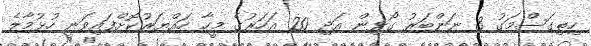
ހިތިގަސްމަގު 3 ނަންބަރު ގޯޅިން އަދި 20 އަހަރުގެ މީހާ ހައްޔަރުކޮށްފައިވަނީ ހުޅުމާލެ